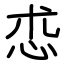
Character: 怷